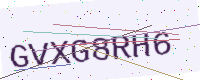
Text: GVXG8RH6